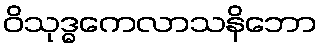
ဝိသုဒ္ဓကေလာသနိဘော